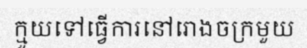
ក្មួយទៅធ្វើការនៅរោងចក្រមួយ